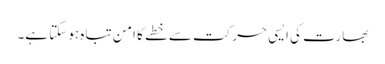
بھارت کی ایسی حرکت سے خطے کا امن تباہ ہو سکتا ہے۔